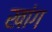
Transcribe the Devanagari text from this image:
खांग